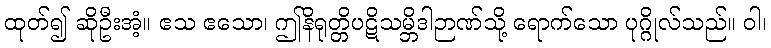
ထုတ်၍ ဆိုဦးအံ့။ ဧသ ဧသော၊ ဤနိရုတ္တိပဋိသမ္ဘိဒါဉာဏ်သို့ ရောက်သော ပုဂ္ဂိုလ်သည်။ ဝါ၊